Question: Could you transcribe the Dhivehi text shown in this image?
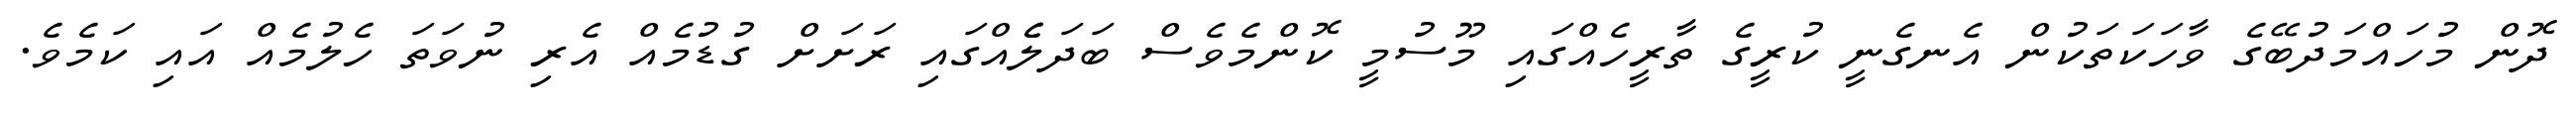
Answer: ދޮން މުހައްމަދުބޭގެ ވާހަކަތަކުން އެނގެނީ ކުރީގެ ތާރީހެއްގައި މޫސުމީ ކޮންމެވެސް ބަދަލެެއްގައި ރަށަށް ގުޑުމެއް އެރި ނުވަތަ ހެލުމެއް އައި ކަމެވެ.